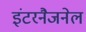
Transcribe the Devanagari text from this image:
इंटरनैजनेल